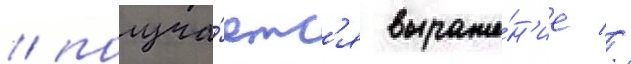
/ получа́етс'я выраже́н'ие //